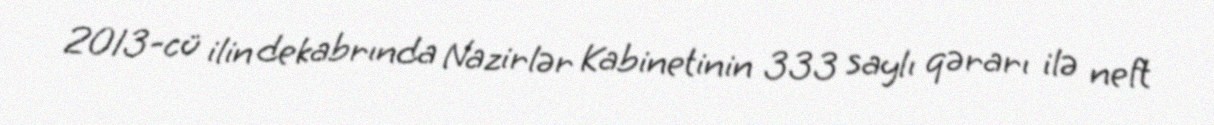
2013-cü ilin dekabrında Nazirlər Kabinetinin 333 saylı qərarı ilə neft